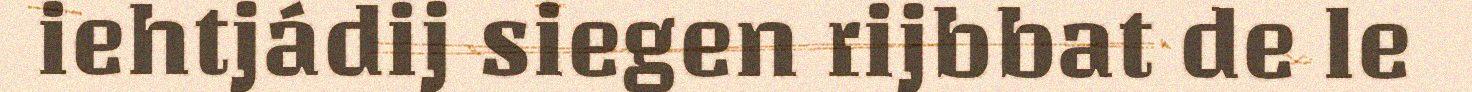
iehtjádij siegen rijbbat de le